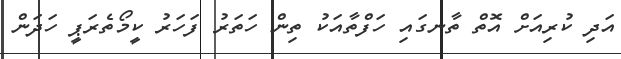
އަދި ކުރިއަށް އޮތް ތާނގައި ހަފްތާއަކު ތިން ހަތަރު ފަހަރު ކީމޯތެރަޕީ ހަދަން